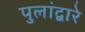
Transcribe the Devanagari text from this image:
पुलांद्वारे